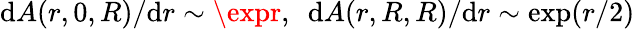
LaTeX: \mathrm{d}A(r,0,R)/\mathrm{d}r\sim\expr,\ \ \mathrm{d}A(r,R,R)/\mathrm{d}r\sim\exp(r/2)